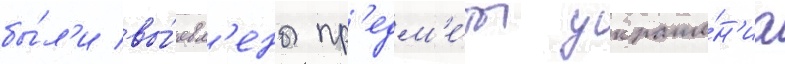
бы́л'и вы́явл'ены пр'едм'е́ты украше́н'иа